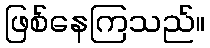
ဖြစ်နေကြသည်။